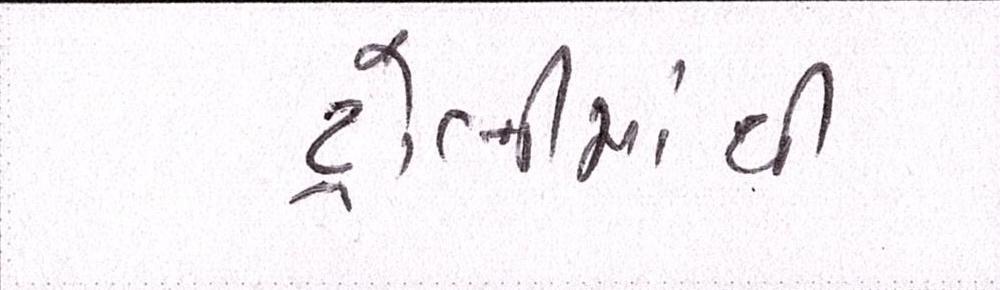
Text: ટ્રોલીમાંથી